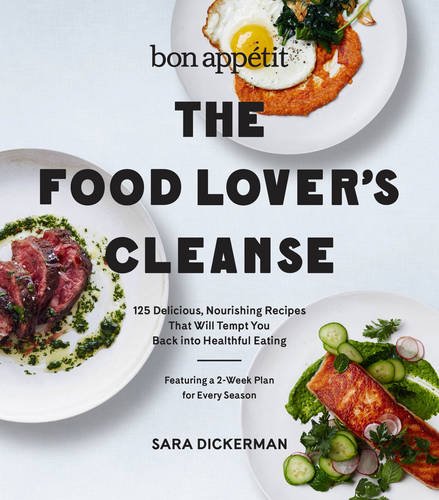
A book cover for Bon Appetit: The Food Lover's Cleanse: 140 Delicious, Nourishing Recipes That Will Tempt You Back into Healthful Eating; Sara Dickerman; Health, Fitness & Dieting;